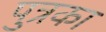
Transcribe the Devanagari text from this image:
पुत्रका